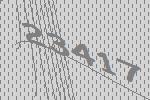
23417